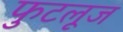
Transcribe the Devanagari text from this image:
फुटलूज